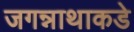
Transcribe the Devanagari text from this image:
जगन्नाथाकडे